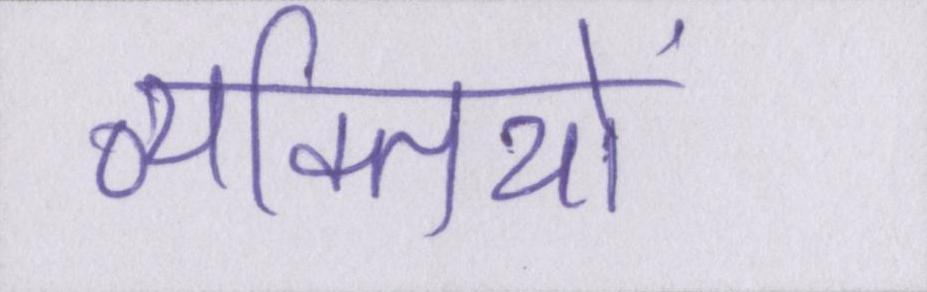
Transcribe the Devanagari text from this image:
व्यक्तियों